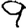
Digit: 9